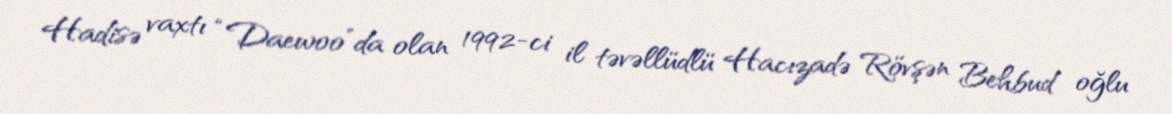
Hadisə vaxtı “Daewoo”da olan 1992-ci il təvəllüdlü Hacızadə Rövşən Behbud oğlu